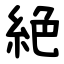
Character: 絶